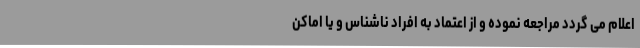
اعلام می گردد مراجعه نموده و از اعتماد به افراد ناشناس و یا اماکن